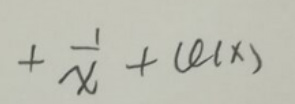
$+\frac{1}{x}+(e(x))$